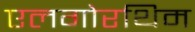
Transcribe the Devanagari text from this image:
एलगोरथिम